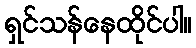
ရှင်သန်နေထိုင်ပါ။